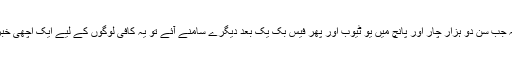
چنانچہ جب سن دو ہزار چار اور پانچ میں یو ٹیوب اور پھر فیس بک یک بعد دیگرے سامنے آئے تو یہ کافی لوگوں کے لیے ایک اچھی خبر تھی۔